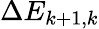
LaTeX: \Delta E_{k+1,k}